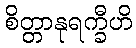
စိတ္တာနုရက္ခီဟိ